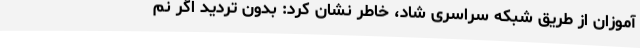
‌آموزان از طریق شبکه سراسری شاد، خاطر نشان کرد: بدون تردید اگر نم